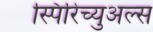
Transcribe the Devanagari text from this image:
स्पिरिच्युअल्स